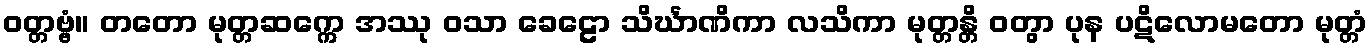
ဝတ္တဗ္ဗံ။ တတော မုတ္တဆက္ကေ အဿု ဝသာ ခေဠော သိင်္ဃာဏိကာ လသိကာ မုတ္တန္တိ ဝတွာ ပုန ပဋိလောမတော မုတ္တံ